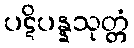
ပဋိပန္နသုတ္တံ